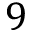
9